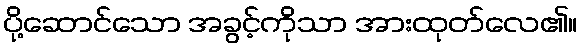
ပို့ဆောင်သော အခွင့်ကိုသာ အားထုတ်လေ၏။